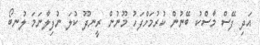
އަދި ފޭސް މާސްކު ބޭނުން ކުރުމަށްފަހު މޫނުން ރީނދޫ ކުލަ ނުފިލާނަމަ ލުނބޯ